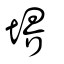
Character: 堺